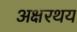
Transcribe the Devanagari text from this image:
अक्षरथय